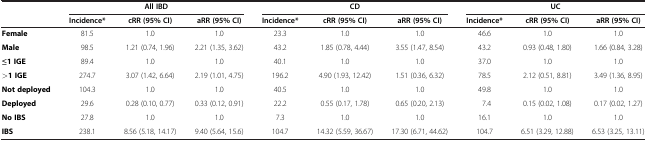
<table><thead><tr><td><b> </b></td><td colspan="3"><b>All IBD</b></td><td colspan="3"><b>CD</b></td><td colspan="3"><b>UC</b></td></tr><tr><td><b> </b></td><td><b>Incidence*</b></td><td><b>cRR (95% CI)</b></td><td><b>aRR (95% CI)</b></td><td><b>Incidence*</b></td><td><b>cRR (95% CI)</b></td><td><b>aRR (95% CI)</b></td><td><b>Incidence*</b></td><td><b>cRR (95% CI)</b></td><td><b>aRR (95% CI)</b></td></tr></thead><tbody><tr><td><b>Female</b></td><td>81.5</td><td>1.0</td><td>1.0</td><td>23.3</td><td>1.0</td><td>1.0</td><td>46.6</td><td>1.0</td><td>1.0</td></tr><tr><td><b>Male</b></td><td>98.5</td><td>1.21 (0.74, 1.96)</td><td>2.21 (1.35, 3.62)</td><td>43.2</td><td>1.85 (0.78, 4.44)</td><td>3.55 (1.47, 8.54)</td><td>43.2</td><td>0.93 (0.48, 1.80)</td><td>1.66 (0.84, 3.28)</td></tr><tr><td><b>≤1 IGE</b></td><td>89.4</td><td>1.0</td><td>1.0</td><td>40.1</td><td>1.0</td><td>1.0</td><td>37.0</td><td>1.0</td><td>1.0</td></tr><tr><td><b>&gt;1 IGE</b></td><td>274.7</td><td>3.07 (1.42, 6.64)</td><td>2.19 (1.01, 4.75)</td><td>196.2</td><td>4.90 (1.93, 12.42)</td><td>1.51 (0.36, 6.32)</td><td>78.5</td><td>2.12 (0.51, 8.81)</td><td>3.49 (1.36, 8.95)</td></tr><tr><td><b>Not deployed</b></td><td>104.3</td><td>1.0</td><td>1.0</td><td>40.5</td><td>1.0</td><td>1.0</td><td>49.8</td><td>1.0</td><td>1.0</td></tr><tr><td><b>Deployed</b></td><td>29.6</td><td>0.28 (0.10, 0.77)</td><td>0.33 (0.12, 0.91)</td><td>22.2</td><td>0.55 (0.17, 1.78)</td><td>0.65 (0.20, 2.13)</td><td>7.4</td><td>0.15 (0.02, 1.08)</td><td>0.17 (0.02, 1.27)</td></tr><tr><td><b>No IBS</b></td><td>27.8</td><td>1.0</td><td>1.0</td><td>7.3</td><td>1.0</td><td>1.0</td><td>16.1</td><td>1.0</td><td>1.0</td></tr><tr><td><b>IBS</b></td><td>238.1</td><td>8.56 (5.18, 14.17)</td><td>9.40 (5.64, 15.6)</td><td>104.7</td><td>14.32 (5.59, 36.67)</td><td>17.30 (6.71, 44.62)</td><td>104.7</td><td>6.51 (3.29, 12.88)</td><td>6.53 (3.25, 13.11)</td></tr></tbody></table>